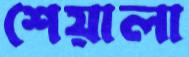
শেয়ালা